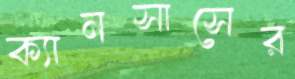
ক্যানসাসের